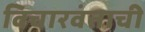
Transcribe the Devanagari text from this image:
विचारवंताची